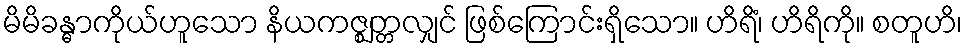
မိမိခန္ဓာကိုယ်ဟူသော နိယကဇ္ဈတ္တလျှင် ဖြစ်ကြောင်းရှိသော။ ဟိရိံ၊ ဟိရိကို။ စတူဟိ၊